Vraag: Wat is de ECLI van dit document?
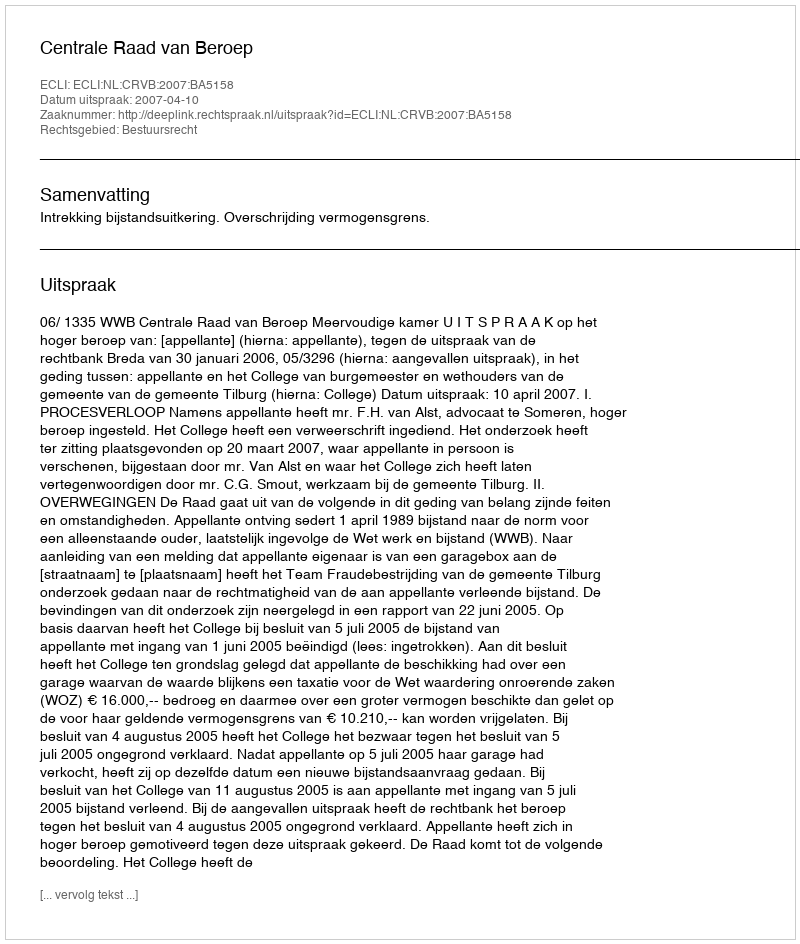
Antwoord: ECLI:NL:CRVB:2007:BA5158